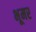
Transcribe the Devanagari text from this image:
भूमर